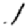
Digit: 1